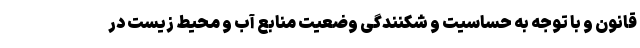
قانون و با توجه به حساسیت و شکنندگی وضعیت منابع آب و محیط زیست در